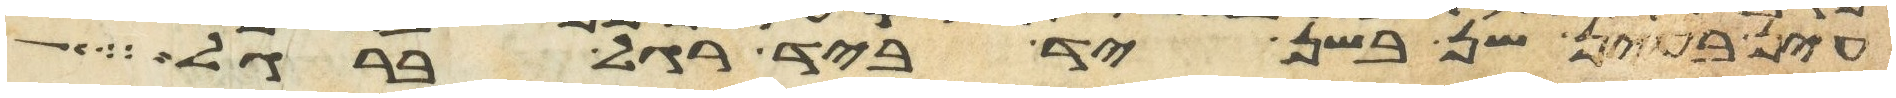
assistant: עין בעין שן בשן יד ביד רגל ברגל